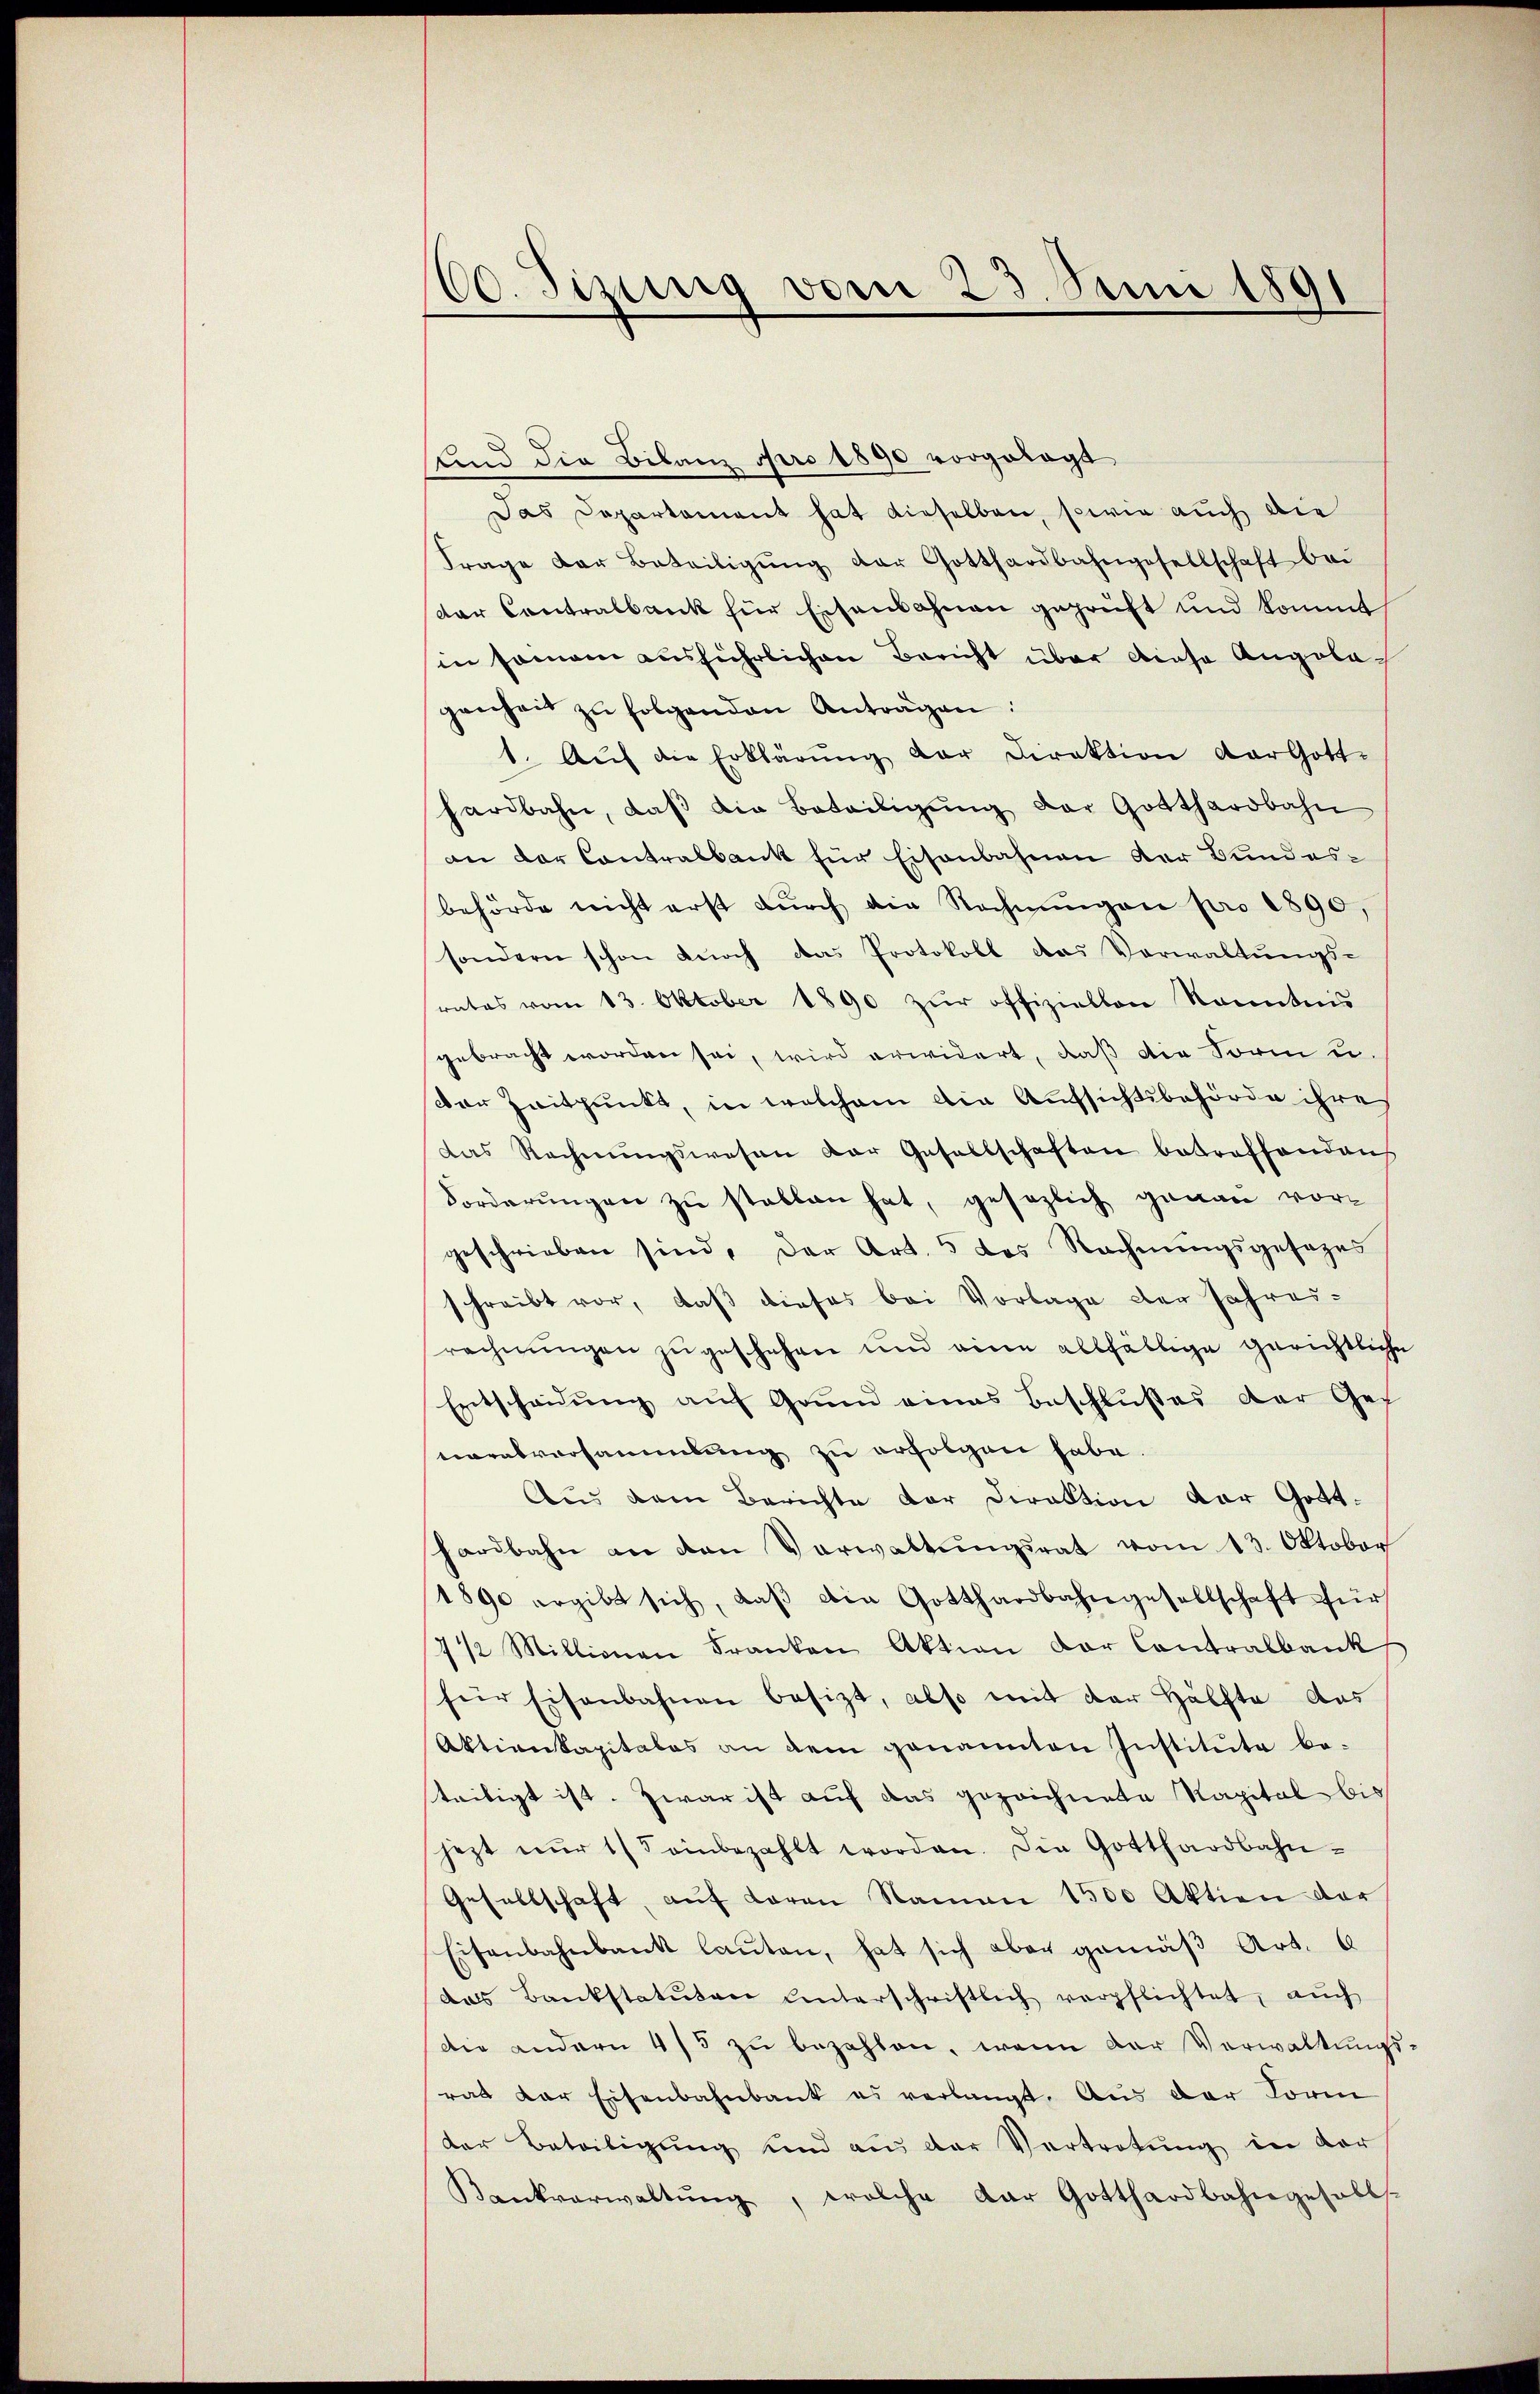
60. Sizung vom 23. Juni 1891

Und die Bilanz pro 1890 vorgelegt
Das Departement hat dieselben, sowie auch die
Frage der Beteiligŭng der Gotthardbahngesellschaft bei
dar Contralbank für Eisenbahnen geprüft und kommt
in somann ausführlichen Bericht über diese Angelagenheit zu folgenden Anträgen:
1. Aŭf die Erklärŭng der Direktion der Gott-
hardbahn, daβ die Beteiligŭng der Gotthardbahn
an der Contralbank für Eisenbahnen der Bundes-
behörde nicht erst dŭrch die Rechnŭngen pro 1890,
sondern schon durch das Protokoll das Verwaltungs-
srates vom 13. Oktober 1890 zŭr offiziellen kanntnis
gebracht worden sei, wird erwidert, daß die Form u.
saar Zeitpunkt, in welchem die Aufsichtsbehörde ihre
das Rechnŭngswesen der Gesellschaften betreffenden
Forderŭngen zu stellen hat, gesezlich genau vor-
geschrieben sind, der Art. 5 des Rechnungsgesezes
schreibt vor, daß dieses bei Vorlage der Jahres-
rechnungen zugeschehen und eine allfällige gerichtliche
Entscheidŭng aŭf Grŭnd eines Beschlŭβes der Ges
neralversammlung zu erfolgen habe.
Aus dem Berichte der Direktion der Gotthardbahn an den Verwaltŭngsrat vom 13. Oktober
1890 ergibt sich, daβ die Gotthardbahngesellschaft für
7 1/2 Millionen Franken Aktion der Contralbank
für Eisenbahnen besizt, also mit der Hälfte das
Aktienkapitales an dem genannten Institute be-
teiligt ist. Zwar ist auf das gezeichnete Kapital bis
jezt nŭr 1/5 einbezahlt worden. Die Gotthardbahn-
Gesellschaft, aŭf daran Namen 1500 Aktion der
Eisenbahnbank laŭten, hat sich aber gemäβ Art. 6
das Bankstatuten Unterschriftlich verpflichtet, auch
die andern 4/5 zu bezahlen, wenn der Verwaltungs
rat der Eisenbahnbank es verlangt. Aus der Form
der Beteiligung und aus der Vertretung in der
Kankverwaltŭng, welche dar Gotthardbahngesells